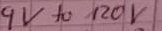
Text: 9v to 120v